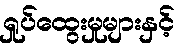
ရှုပ်ထွေးမှုများနှင့်